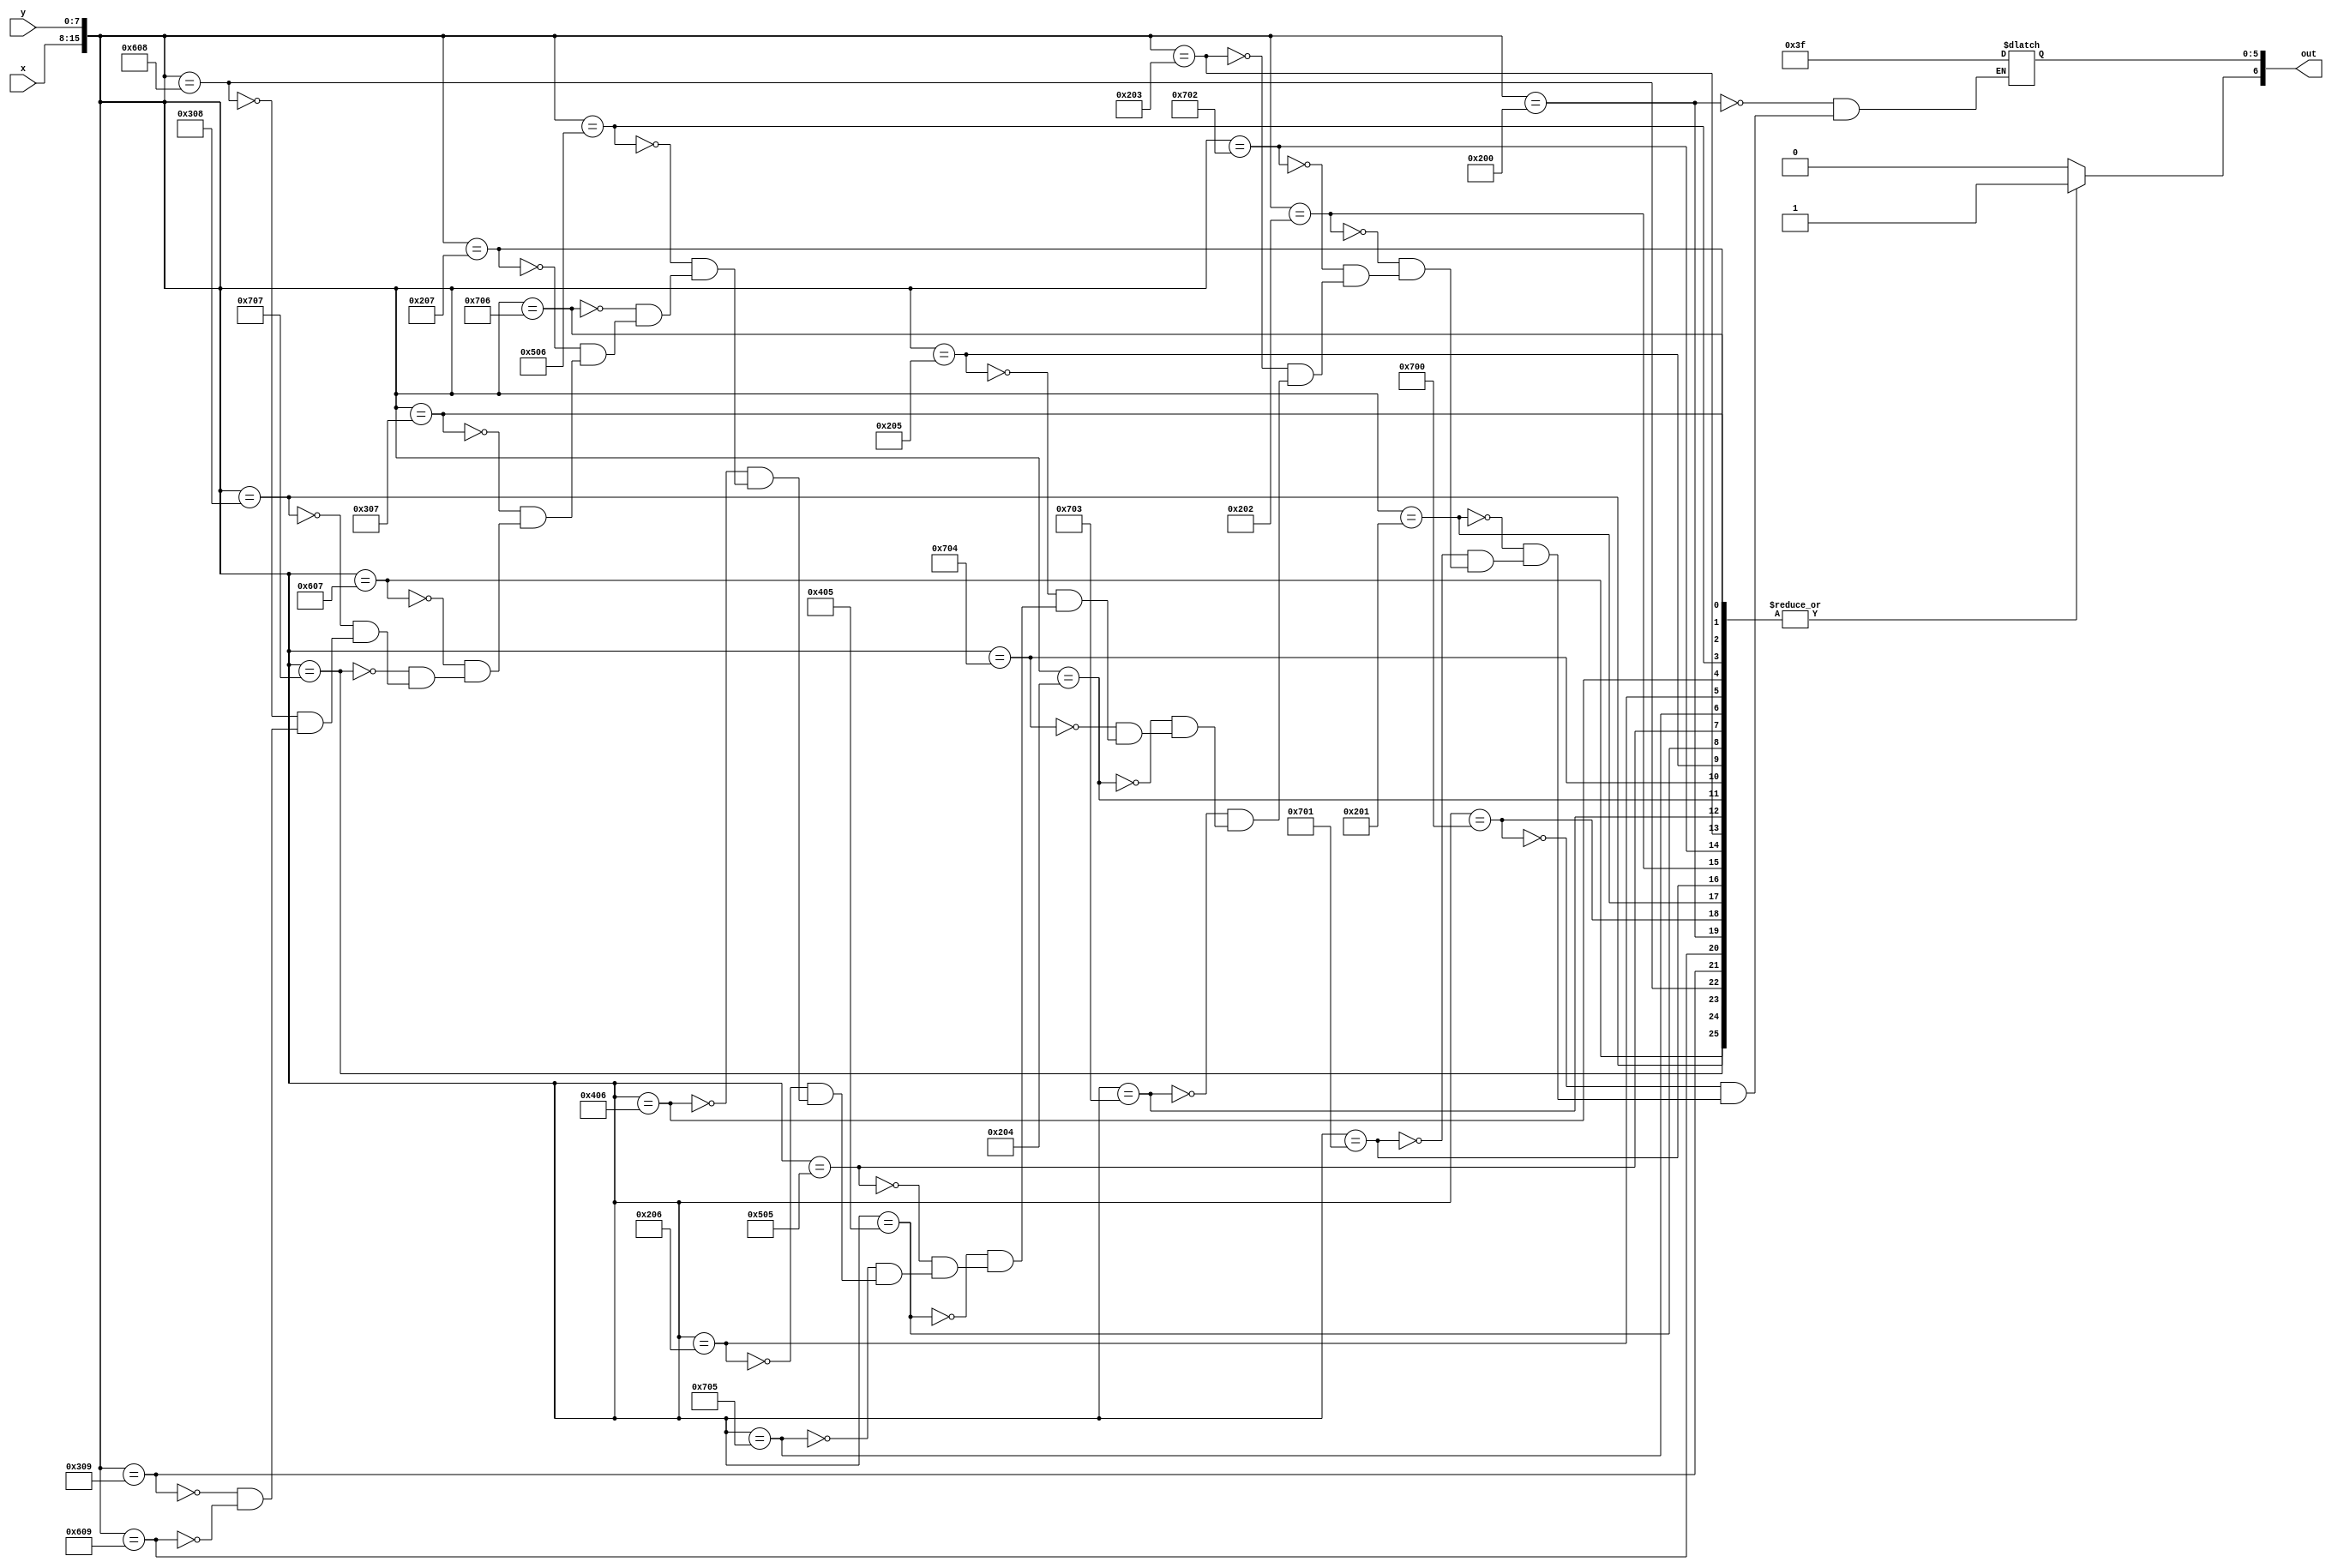
module char_w_lut(x, y, out);
	input [7:0] x;
	input [7:0] y;
	output reg [6:0] out;

	always@(*)
	begin
		out[6] <= 1'b1;
		case({x, y})
			16'h0200: out[5:0] <= 6'b111111;
			16'h0700: out[5:0] <= 6'b111111;

			16'h0201: out[5:0] <= 6'b111111;
			16'h0701: out[5:0] <= 6'b111111;
			
			16'h0202: out[5:0] <= 6'b111111;
			16'h0702: out[5:0] <= 6'b111111;

			16'h0203: out[5:0] <= 6'b111111;
			16'h0703: out[5:0] <= 6'b111111;
			
			16'h0204: out[5:0] <= 6'b111111;
			16'h0704: out[5:0] <= 6'b111111;

			16'h0205: out[5:0] <= 6'b111111;
			16'h0405: out[5:0] <= 6'b111111;
			16'h0505: out[5:0] <= 6'b111111;
			16'h0705: out[5:0] <= 6'b111111;

			16'h0206: out[5:0] <= 6'b111111;
			16'h0406: out[5:0] <= 6'b111111;
			16'h0506: out[5:0] <= 6'b111111;
			16'h0706: out[5:0] <= 6'b111111;
			
			16'h0207: out[5:0] <= 6'b111111;
			16'h0307: out[5:0] <= 6'b111111;
			16'h0607: out[5:0] <= 6'b111111;
			16'h0707: out[5:0] <= 6'b111111;
			
			16'h0308: out[5:0] <= 6'b111111;
			16'h0608: out[5:0] <= 6'b111111;
			
			16'h0309: out[5:0] <= 6'b111111;
			16'h0609: out[5:0] <= 6'b111111;
			default: out[6] <= 1'b0;
		endcase
	end
endmodule
module char_w(x, y, flush_x, flush_y, colour, enable);
	input [7:0] x;
	input [7:0] y;
	input [7:0] flush_x;
	input [7:0] flush_y;
	
	output [5:0] colour;
	output enable;
	
	wire [6:0] lut_out;
	
	char_w_lut(flush_x - x, flush_y - y, lut_out);
	
	assign colour = lut_out[5:0];
	assign enable = lut_out[6];
endmodule